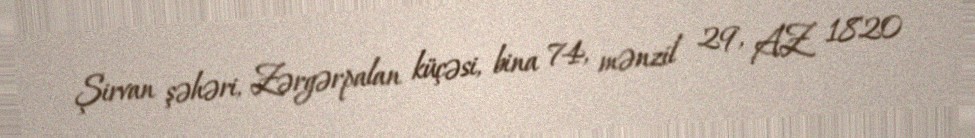
Şirvan şəhəri, Zərgərpalan küçəsi, bina 74, mənzil 29, AZ 1820